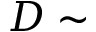
D \sim